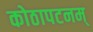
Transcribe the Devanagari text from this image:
कोठापटनम्